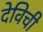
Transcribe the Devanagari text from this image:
देविची